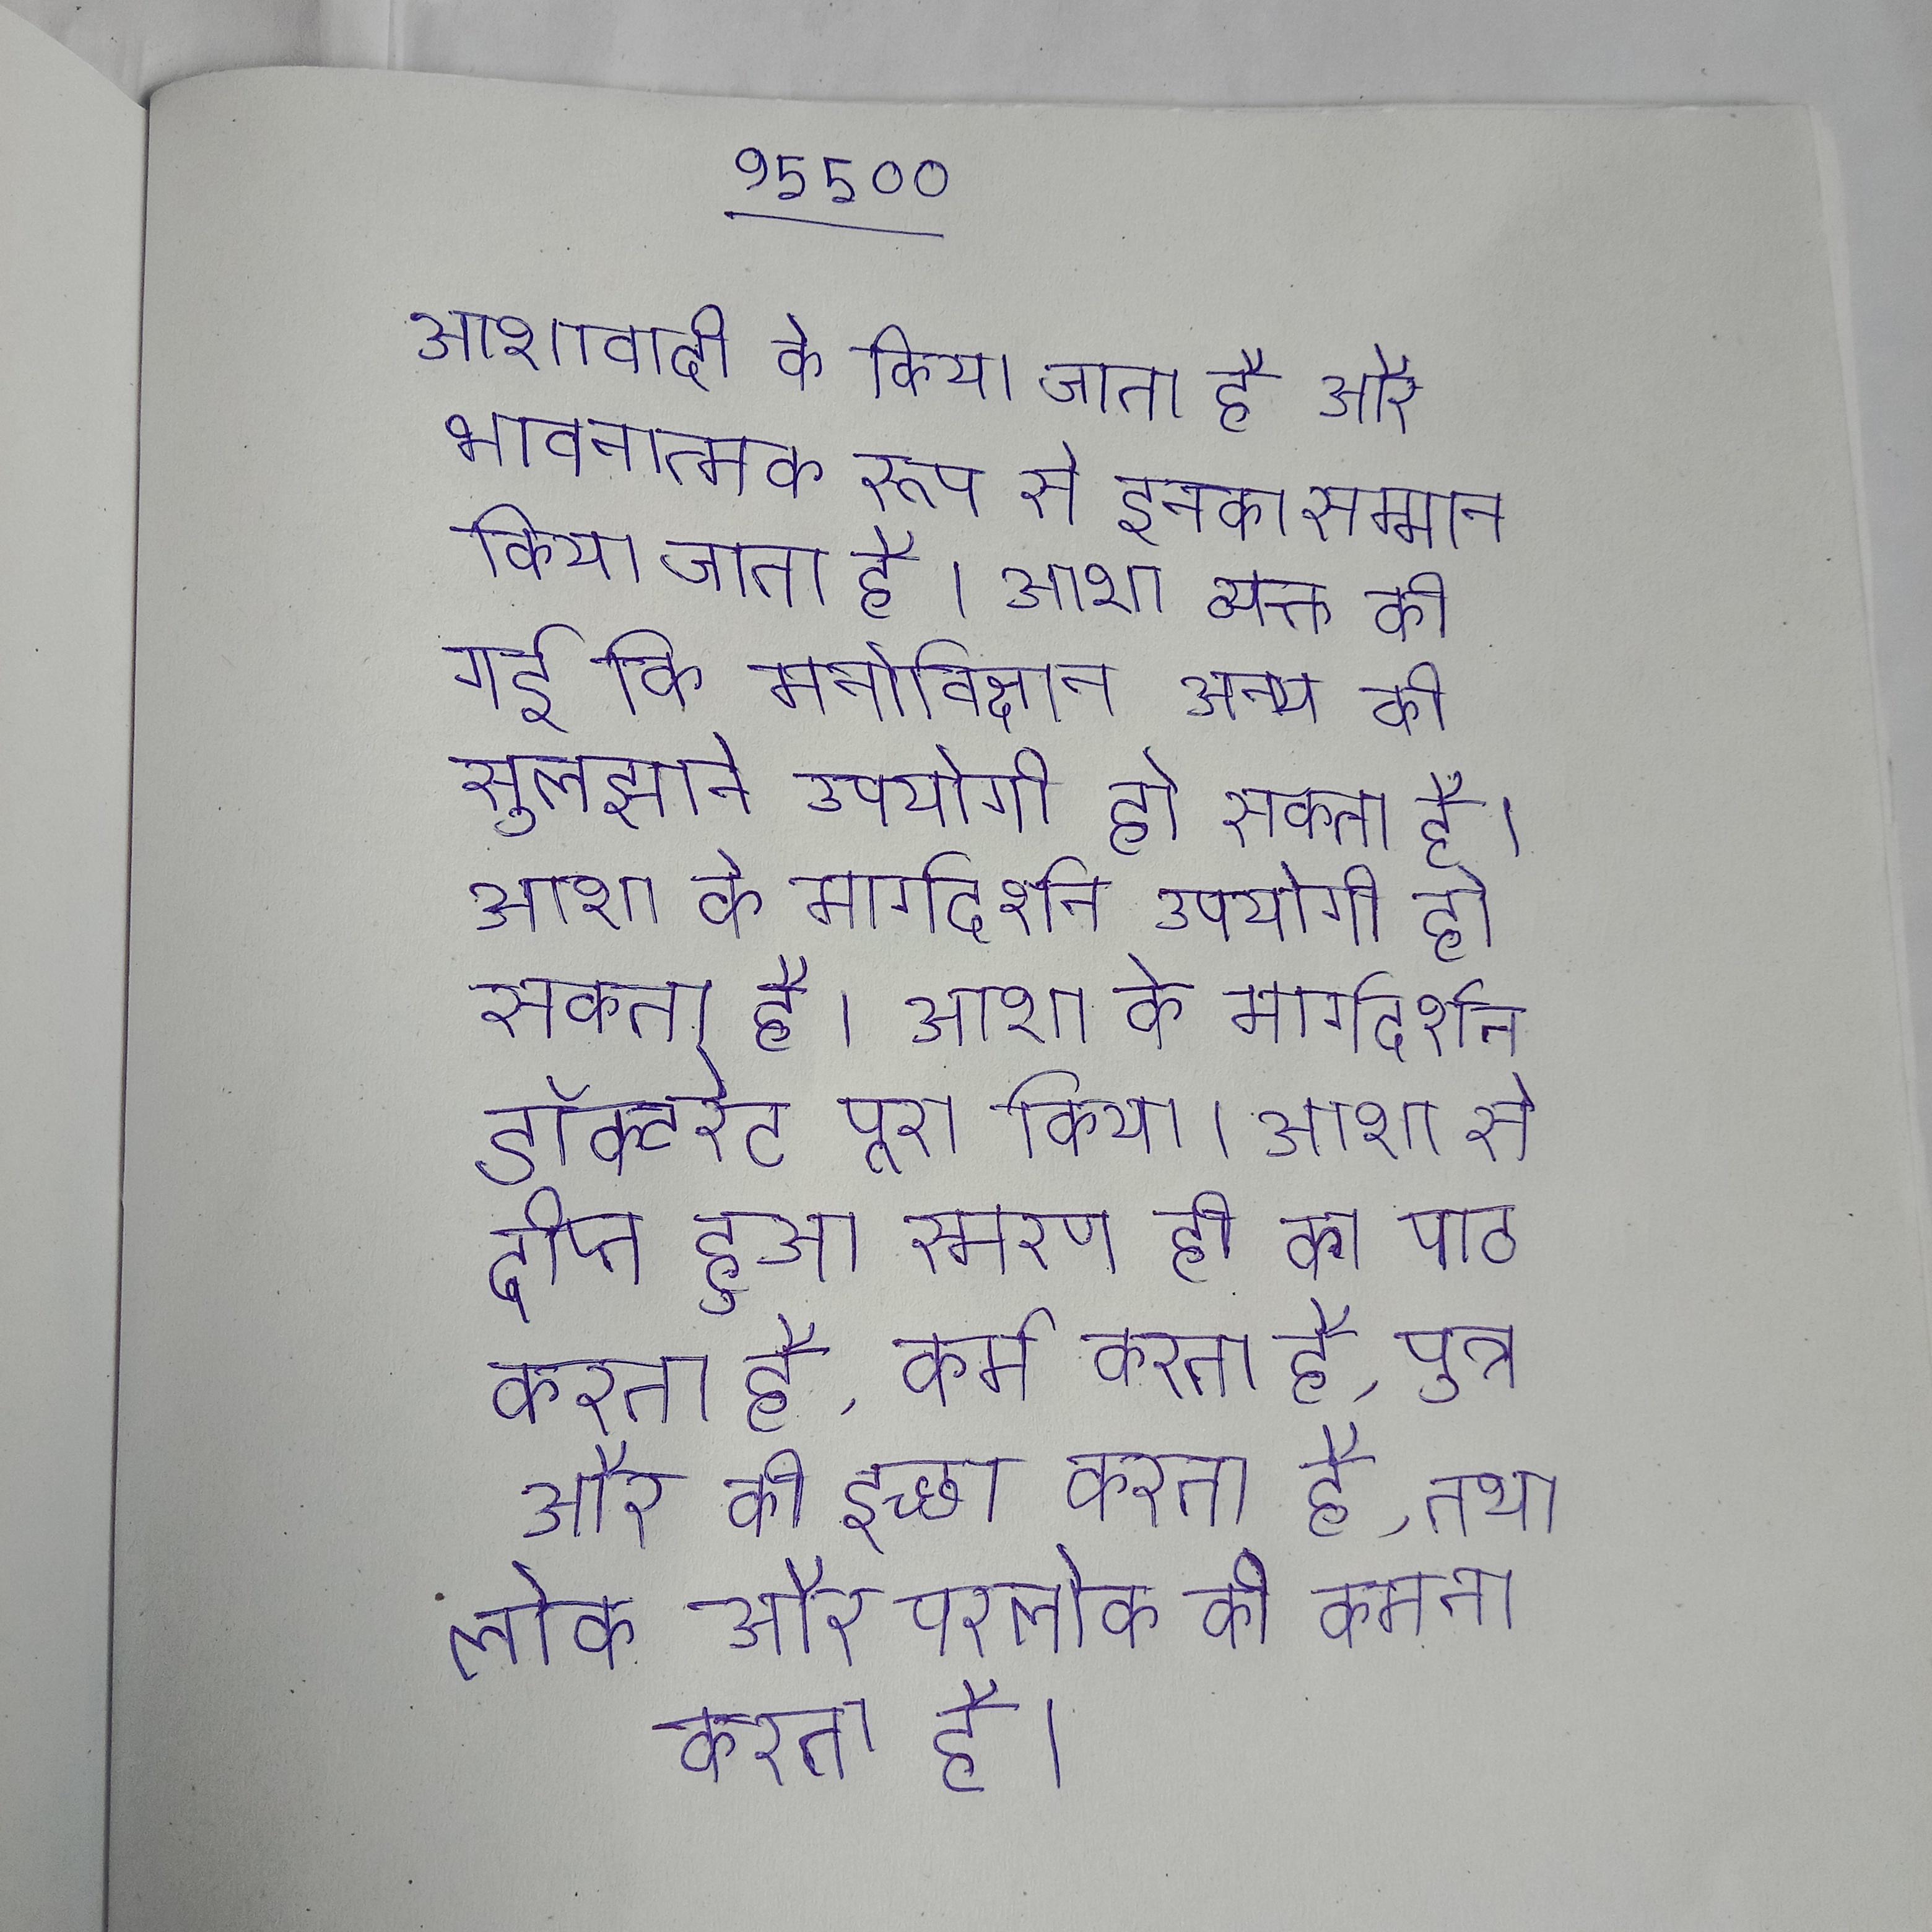
आशावादी को किया जाता है और भावनात्मक रूप से इनका सम्मान किया जाता है । आशा व्यक्त की गई कि मनोविज्ञान अन्य की सुलझाने उपयोगी हो सकता है । आशा के मार्गदर्शन डॉक्टरेट पूरा किया । आशा से दीप्त हुआ स्मरण ही का पाठ करता है, कर्म करता है, पुत्र और की इच्छा करता है, तथा लोक और परलोक की कामना करता है ।